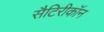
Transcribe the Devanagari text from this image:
सैटिरीकॉन